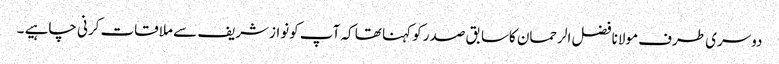
دوسری طرف مولانا فضل الرحمان کاسابق صدر کو کہنا تھا کہ آپ کونوازشریف سے ملاقات کرنی چاہیے ۔